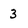
Character: 3